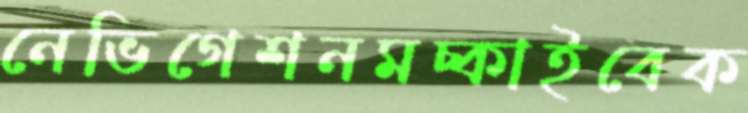
নেভিগেশনমচ্‌কাইবেক